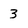
Character: 3